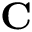
\mathbf { C }